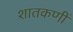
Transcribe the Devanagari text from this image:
शातकणीं